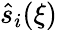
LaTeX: \hat{s}_{i}(\xi)